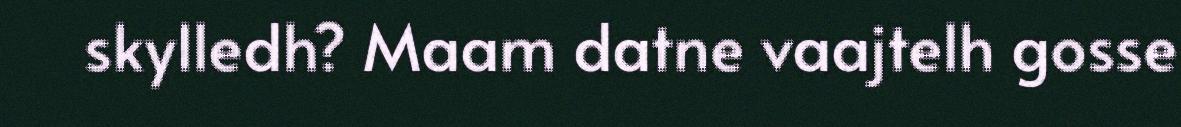
skylledh? Maam datne vaajtelh gosse